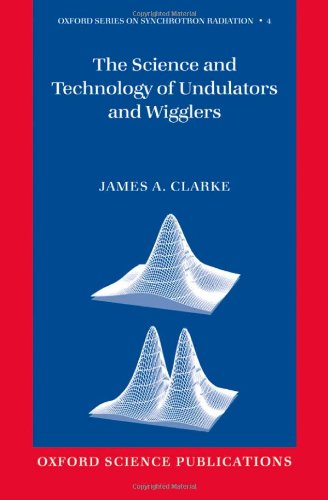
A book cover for The Science and Technology of Undulators and Wigglers (Oxford Series on Synchrotron Radiation); James A. Clarke; Science & Math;